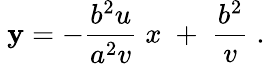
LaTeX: \ \mathbf{y}=-{\frac{{b^{2}u}}{{a^{2}v}}}\; x\; +\; {\frac{{b^{2}}}{{v}}}\; .